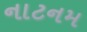
નાટનમ